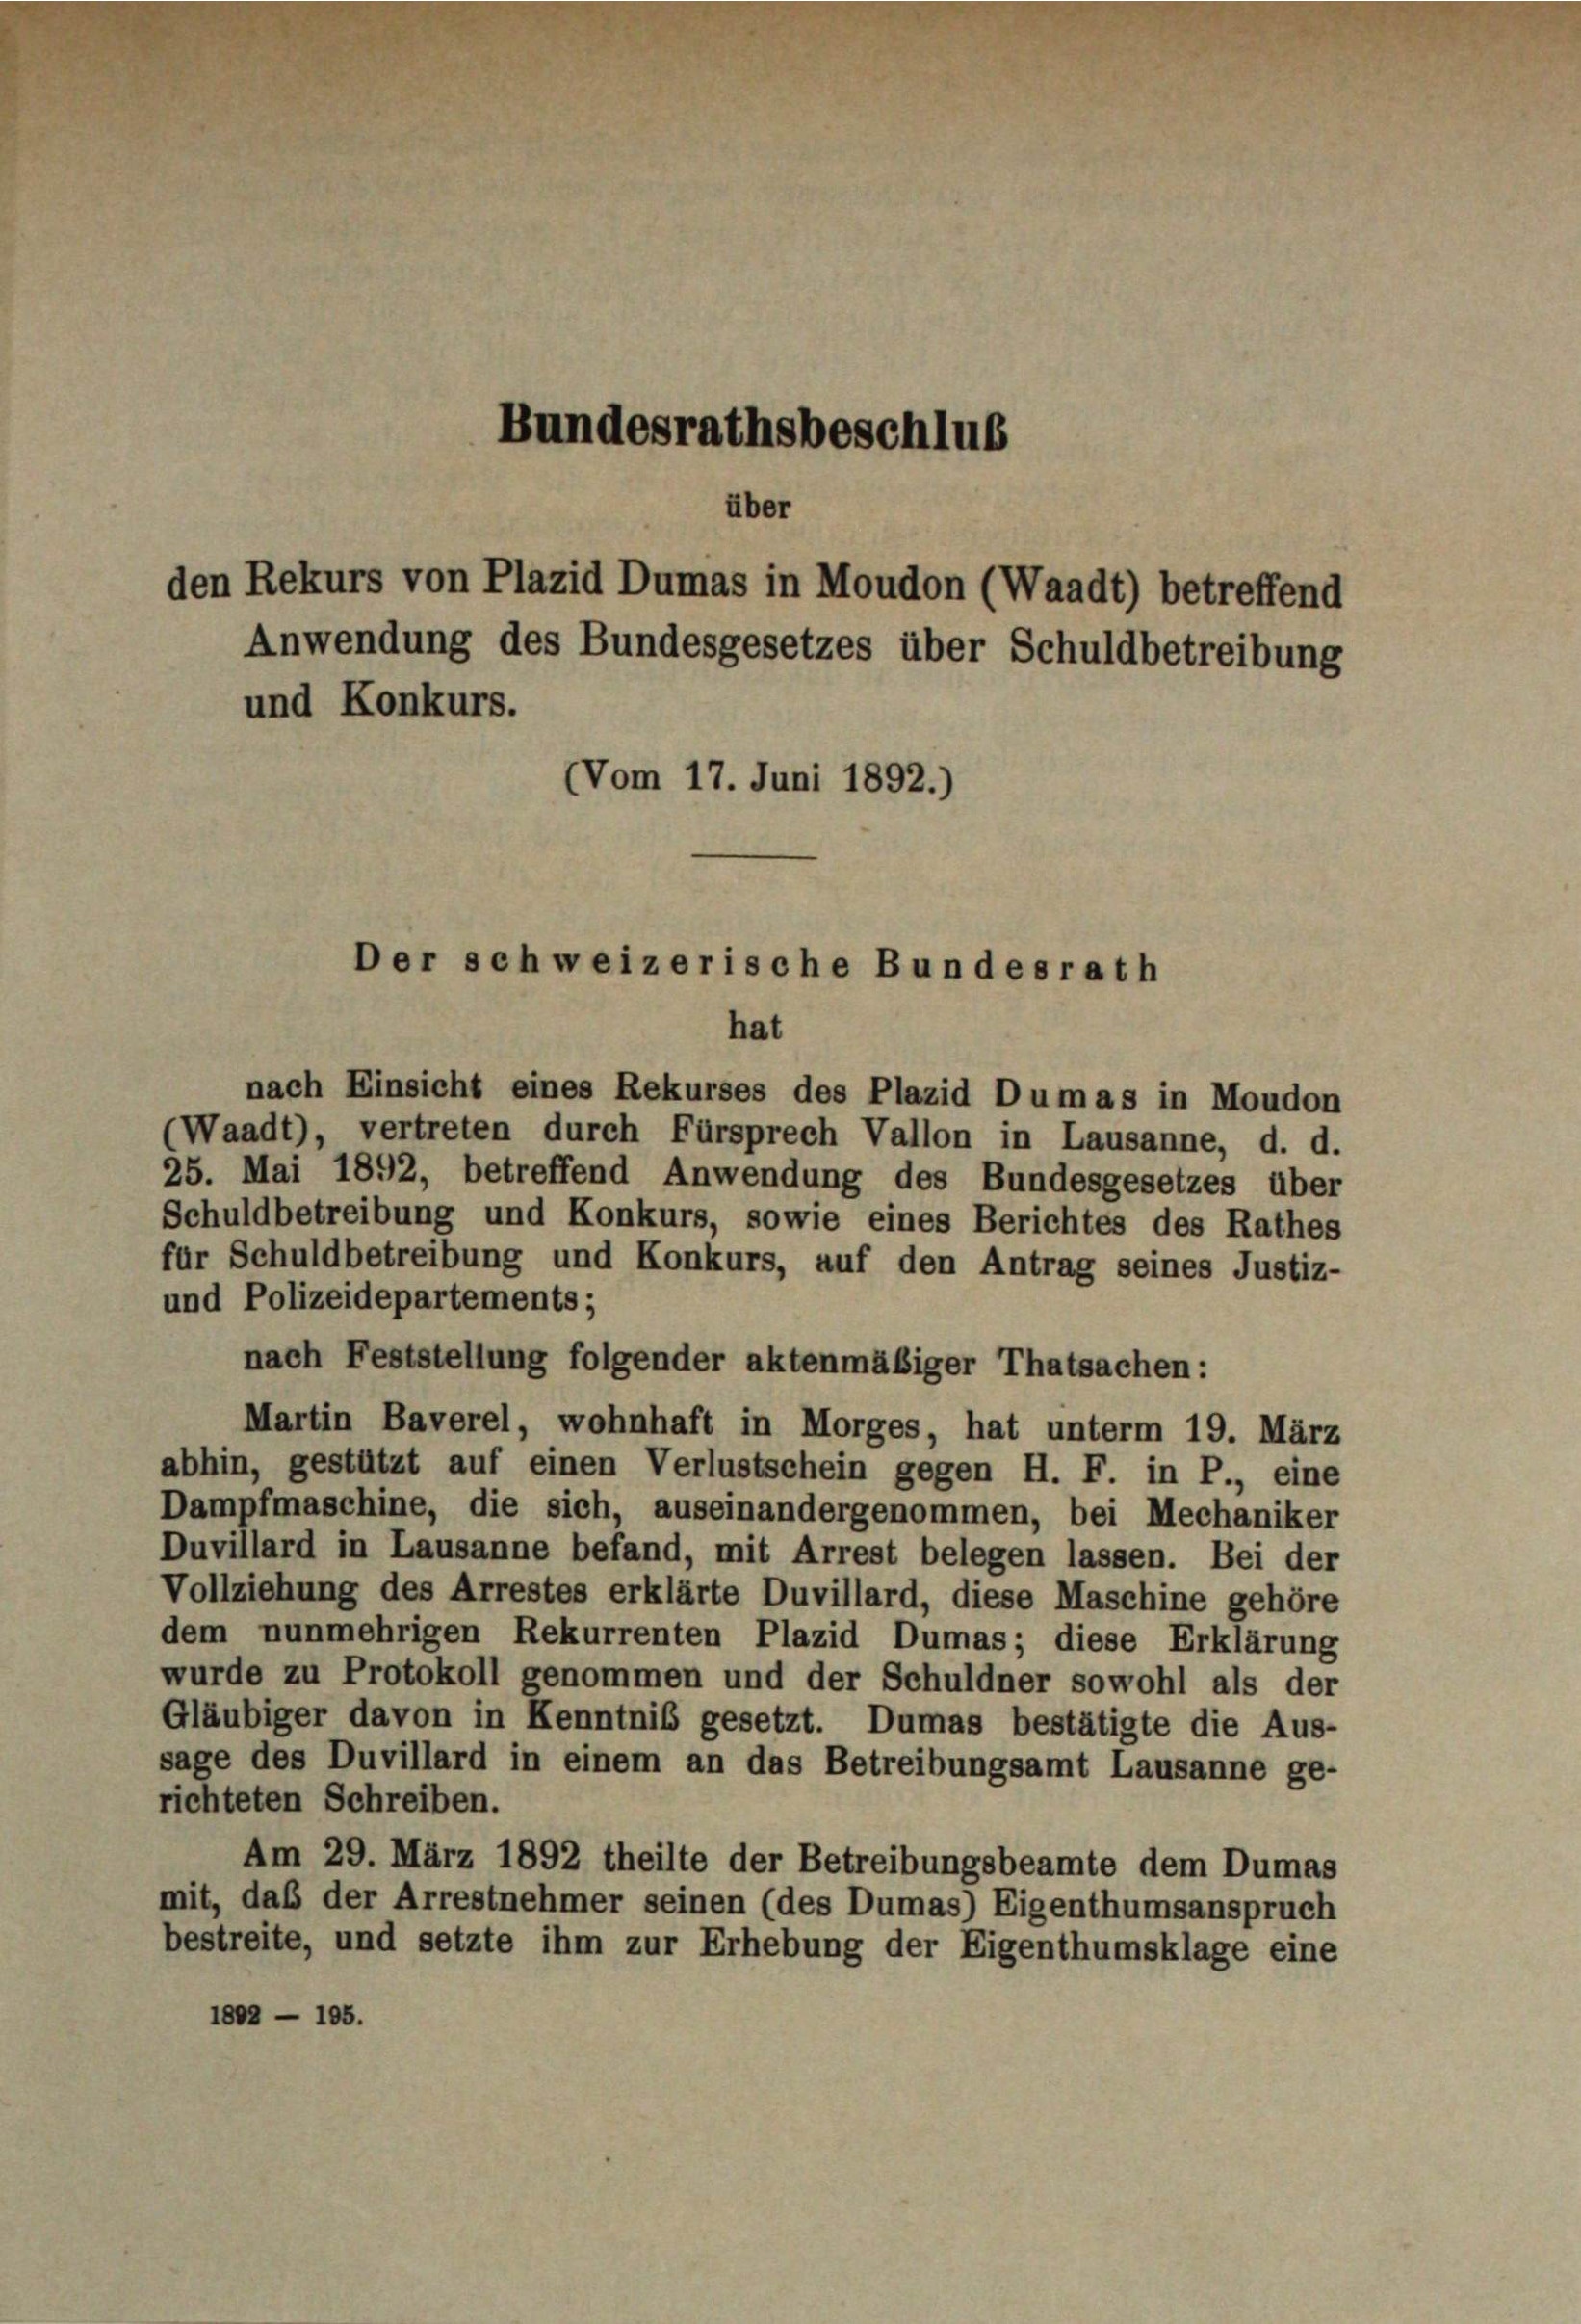
Bundesrathsbeschlus
über
den Rekurs von Plazid Dumas in Moudon (Waadt) betreffend
Anwendung des Bundesgesetzes über Schuldbetreibung
und Konkurs.
(Vom 17. Juni 1892.)

Der schweizerische Bundesrath
hat

nach Einsicht eines Rekurses des Plazid Dumas in Moudon
(Waadt), vertreten durch Fürsprech Vallon in Lausanne, d. d.
25. Mai 1892, betreffend Anwendung des Bundesgesetzes über
Schuldbetreibung und Konkurs, sowie eines Berichtes des Rathes
für Schuldbetreibung und Konkurs, auf den Antrag seines Justiz-
und Polizeidepartements;
nach Feststellung folgender aktenmäßiger Thatsachen:
Martin Baverei, wohnhaft in Morges, hat unterm 19. März
abhin, gestützt auf einen Verlustschein gegen H. F. in P., eine
Dampfmaschine, die sich, auseinandergenommen, bei Mechaniker
Duvillard in Lausanne befand, mit Arrest belegen lassen. Bei der
Vollziehung des Arrestes erklärte Duvillard, diese Maschine gehöre
dem nunmehrigen Rekurrenten Plazid Dumas; diese Erklärung
wurde zu Protokoll genommen und der Schuldner sowohl als der
Gläubiger davon in Kenntniß gesetzt. Dumas bestätigte die Aus-
sage des Duvillard in einem an das Betreibungsamt Lausanne ge-
richteten Schreiben.
Am 29. März 1892 theilte der Betreibungsbeamte dem Dumas
mit, daß der Arrestnehmer seinen (des Dumas) Eigenthumsanspruch
bestreite, und setzte ihm zur Erhebung der Eigenthumsklage eine
1802 - 105.